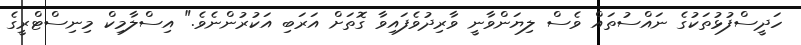
ހަދީސްފުޅުތަކުގެ ނައްސުތައް ވެސް ލިޔަންވާނީ ވާރިދުވެފައިވާ ގޮތަށް އަރަބި އަކުރުންނެވެ." އިސްލާމިކް މިނިސްޓްރީގެ